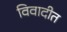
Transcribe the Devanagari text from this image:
विवादीत